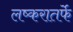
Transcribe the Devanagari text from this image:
लष्करातर्फे